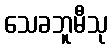
သေခဘူမီသု